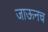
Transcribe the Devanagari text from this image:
जाऊनच